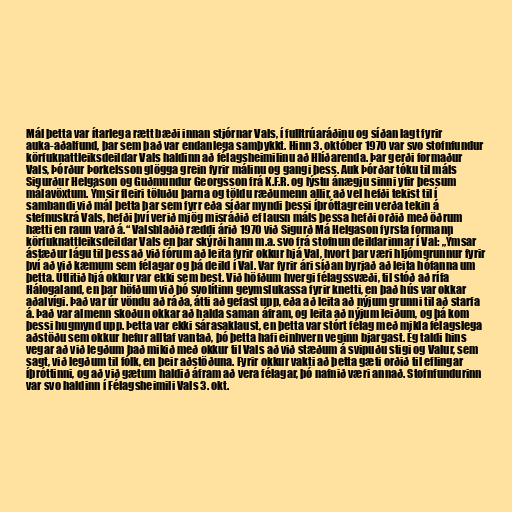
Mál þetta var ítarlega rætt bæði innan stjórnar Vals, í fulltrúaráðinu og síðan lagt fyrir
auka-aðalfund, þar sem það var endanlega samþykkt. Hinn 3. október 1970 var svo stofnfundur
körfuknattleiksdeildar Vals haldinn að félagsheimilinu að Hlíðarenda. Þar gerði formaður
Vals, Þórður Þorkelsson glögga grein fyrir málinu og gangi þess. Auk Þórðar tóku til máls
Sigurður Helgason og Guðmundur Georgsson frá K.F.R. og lýstu ánægju sinni yfir þessum
málavöxtum. Ýmsir fleiri töluðu þarna og töldu ræðumenn allir, að vel hefði tekist til í
sambandi við mál þetta þar sem fyrr eða síðar myndi þessi íþróttagrein verða tekin á
stefnuskrá Vals, hefði því verið mjög misráðið ef lausn máls þessa hefði orðið með öðrum
hætti en raun varð á.“ Valsblaðið ræddi árið 1970 við Sigurð Má Helgason fyrsta formann
körfuknattleiksdeildar Vals en þar skýrði hann m.a. svo frá stofnun deildarinnar í Val: „Ýmsar
ástæður lágu til þess að við fórum að leita fyrir okkur hjá Val, hvort þar væri hljómgrunnur fyrir
því að við kæmum sem félagar og þá deild í Val. Var fyrir ári síðan byrjað að leita hófanna um
þetta. Útlitið hjá okkur var ekki sem best. Við höfðum hvergi félagssvæði, til stóð að rífa
Hálogaland, en þar höfðum við þó svolítinn geymslukassa fyrir knetti, en það hús var okkar
aðalvígi. Það var úr vöndu að ráða, átti að gefast upp, eða að leita að nýjum grunni til að starfa
á. Það var almenn skoðun okkar að halda saman áfram, og leita að nýjum leiðum, og þá kom
þessi hugmynd upp. Þetta var ekki sárasaklaust, en þetta var stórt félag með mikla félagslega
aðstöðu sem okkur hefur alltaf vantað, þó þetta hafi einhvern veginn bjargast. Ég taldi hins
vegar að við legðum það mikið með okkur til Vals að við stæðum á svipuðu stigi og Valur, sem
sagt, við legðum til fólk, en þeir aðstöðuna. Fyrir okkur vakti að þetta gæti orðið til eflingar
íþróttinni, og að við gætum haldið áfram að vera félagar, þó nafnið væri annað. Stofnfundurinn
var svo haldinn í Félagsheimili Vals 3. okt.